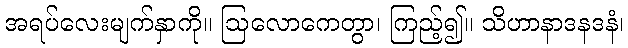
အရပ်လေးမျက်နှာကို။ ဩလောကေတွာ၊ ကြည့်၍။ သိဟာနာဒနဒနံ၊